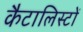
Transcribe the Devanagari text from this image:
कैटालिस्टों